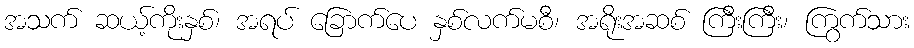
အသက် ဆယ့်ကိုးနှစ်၊ အရပ် ခြောက်ပေ နှစ်လက်မစီ၊ အရိုးအဆစ် ကြီးကြီး၊ ကြွက်သား